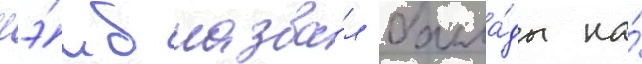
лэ́мб назва́л балла́ды на́